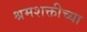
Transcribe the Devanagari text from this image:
श्रमशक्तीच्या